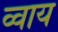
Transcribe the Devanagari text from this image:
व्वाय